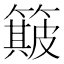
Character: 簸